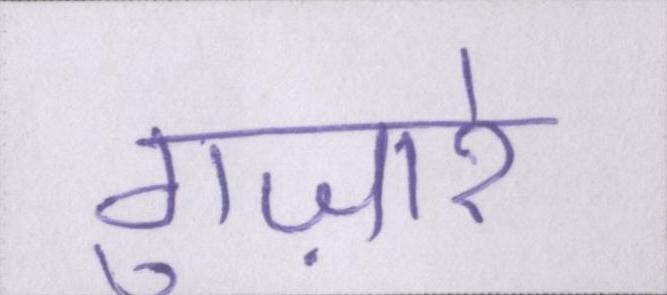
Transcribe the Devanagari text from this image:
गुज़ारे